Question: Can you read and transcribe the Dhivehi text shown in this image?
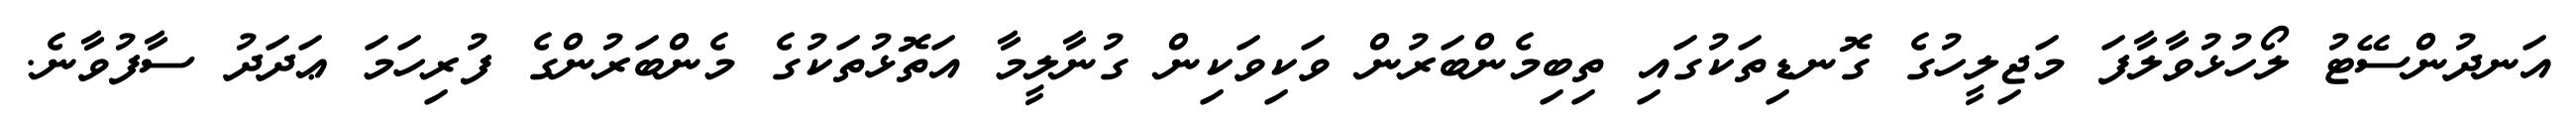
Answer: އަނދުންސޭޓު ލޯހުޅުވާލާފަ މަޖިލީހުގެ ގޮނޑިތަކުގައި ތިބިމެންބަރުން ވަކިވަކިން ގުނާލީމާ އަތޮޅުތަކުގެ މެންބަރުންގެ ފުރިހަމަ ޢަދަދު ސާފުވާނެ.